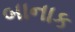
બાનાક